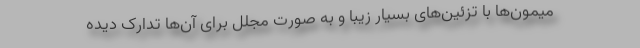
میمون‌ها با تزئین‌های بسیار زیبا و به صورت مجلل برای آن‌ها تدارک دیده